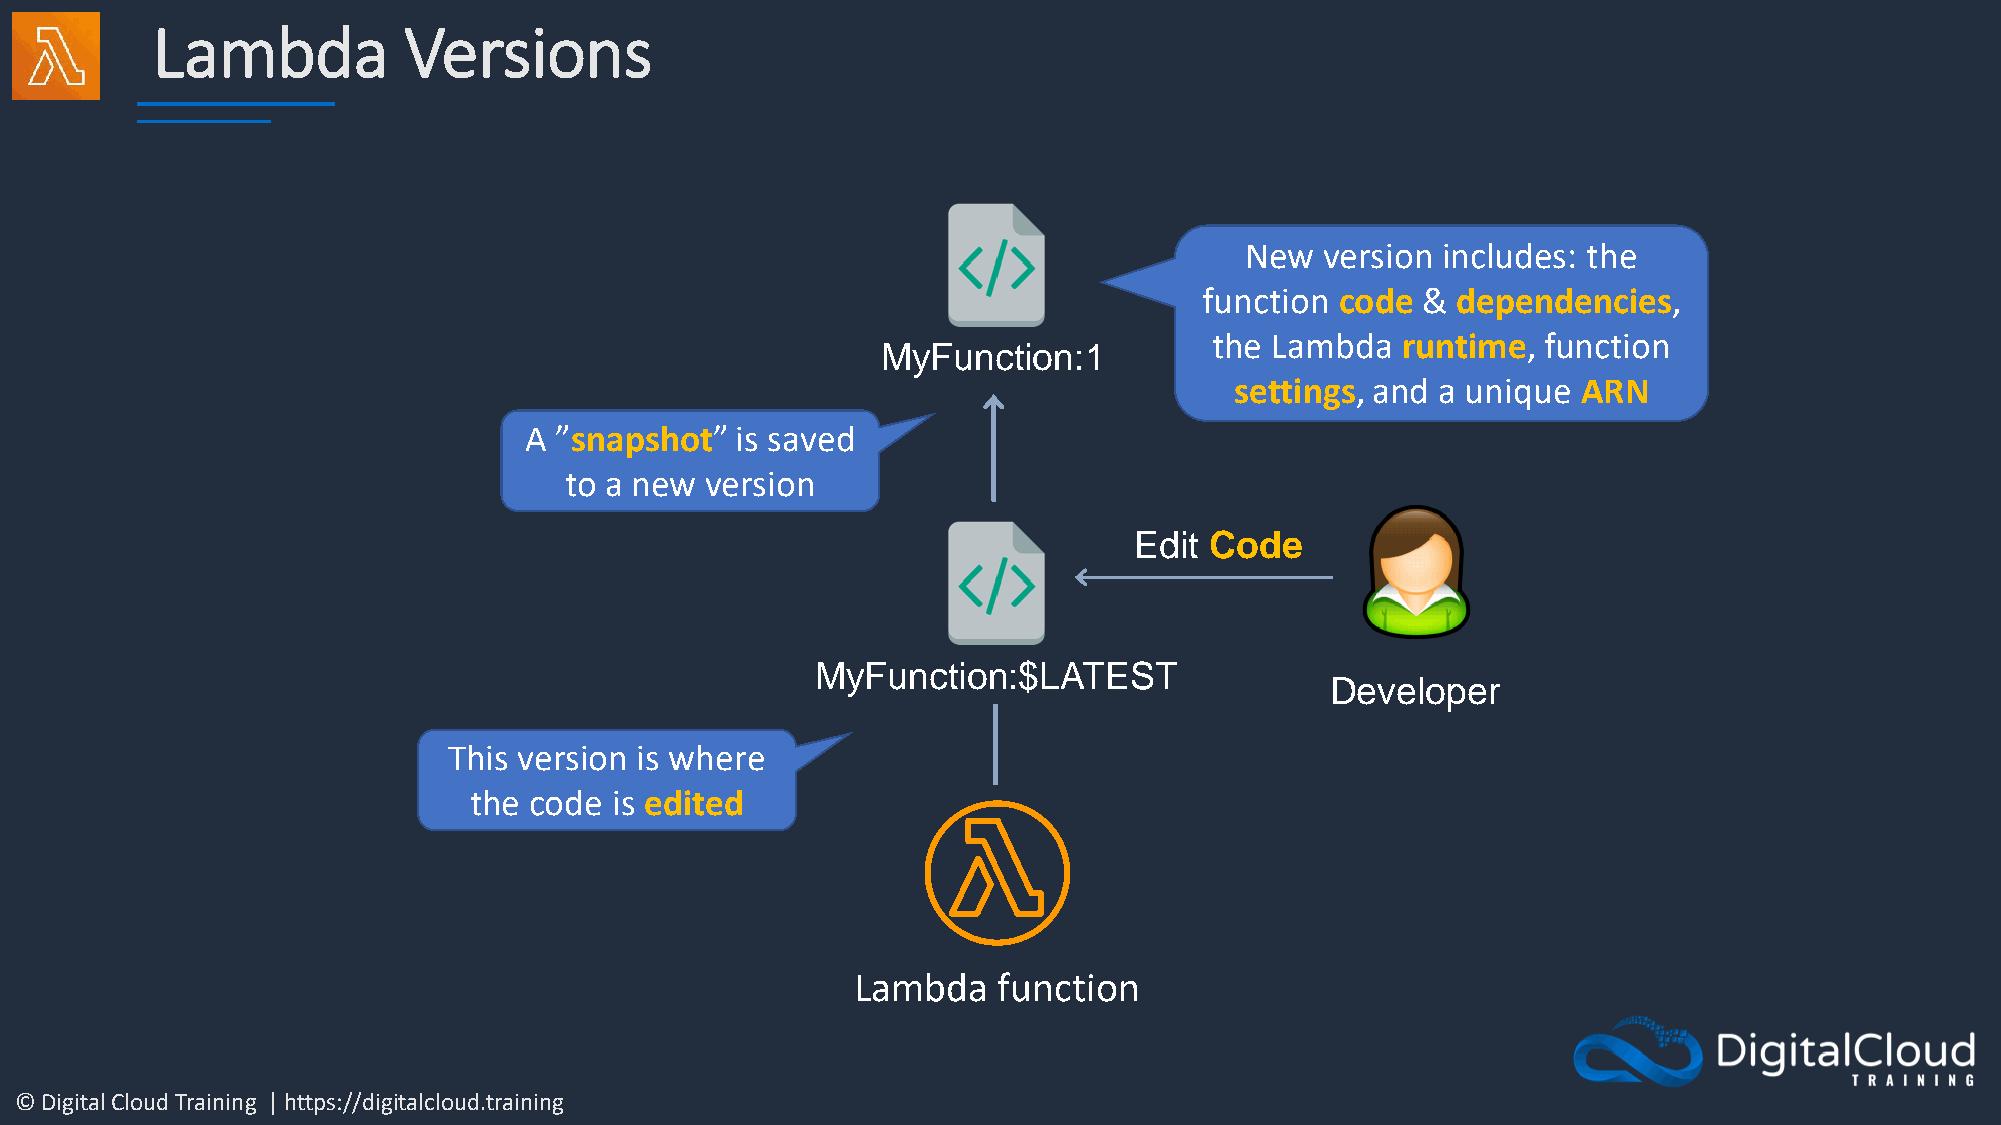
Lambda           Versions
 New   version includes: the
 function code & dependencies,
 the Lambda   runtime, function
 MyFunction:1
 settings, and a unique ARN
 A ”snapshot”  is saved
 to a new  version
 Edit Code
 MyFunction:$LATEST
 Developer
 This version is where
 the code  is edited
 Lambda   function
 © Digital Cloud Training | https://digitalcloud.training